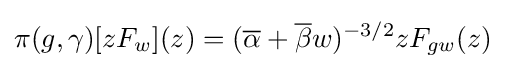
\pi (g,\gamma )[zF_{w}](z)=({\overline {\alpha }}+{\overline {\beta }}w)^{-3/2}zF_{gw}(z)